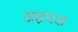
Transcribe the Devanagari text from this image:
ग्रहयज्ञ